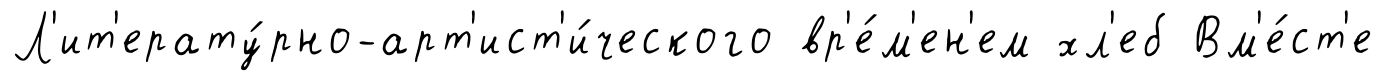
Л'ит'ерату́рно-арт'ист'и́ческого вр'е́м'ен'ем хл'еб Вм'е́ст'е